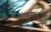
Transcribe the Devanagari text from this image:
सामानज्ञ